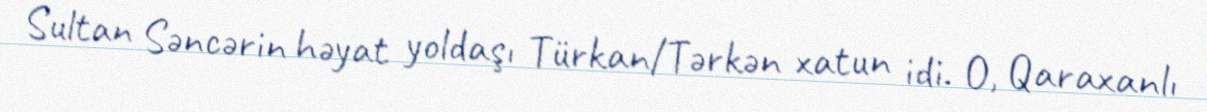
Sultan Səncərin həyat yoldaşı Türkan/Tərkən xatun idi. O, Qaraxanlı